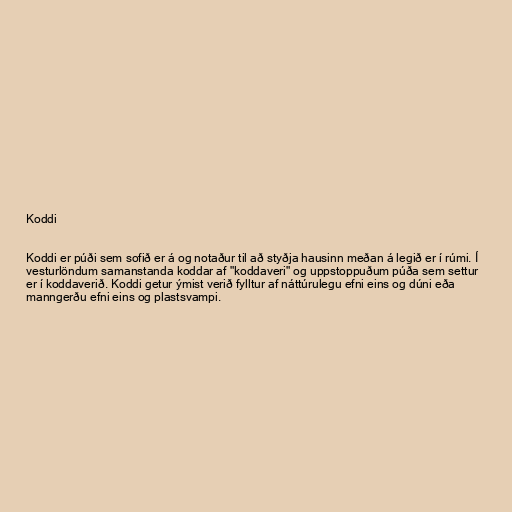
Koddi

Koddi er púði sem sofið er á og notaður til að styðja hausinn meðan á legið er í rúmi. Í
vesturlöndum samanstanda koddar af "koddaveri" og uppstoppuðum púða sem settur
er í koddaverið. Koddi getur ýmist verið fylltur af náttúrulegu efni eins og dúni eða
manngerðu efni eins og plastsvampi.